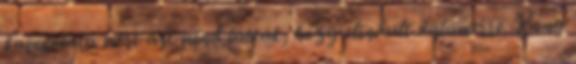
kapcsolata mert azt mind látták, hogy elindult valamerre. Kong